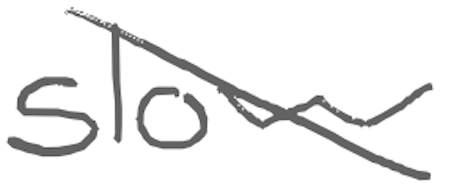
Text: slow
Cross-out: diagonal
Writing tool: digital_gray